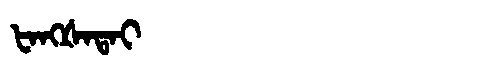
Manchu: ᡶᠠᠩᡧᠠᡨᠠᡳ
Romanization: FANGŠATAI